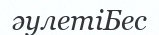
әулетіБес